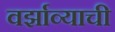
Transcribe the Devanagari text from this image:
वर्झाव्याची